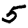
Digit: 5